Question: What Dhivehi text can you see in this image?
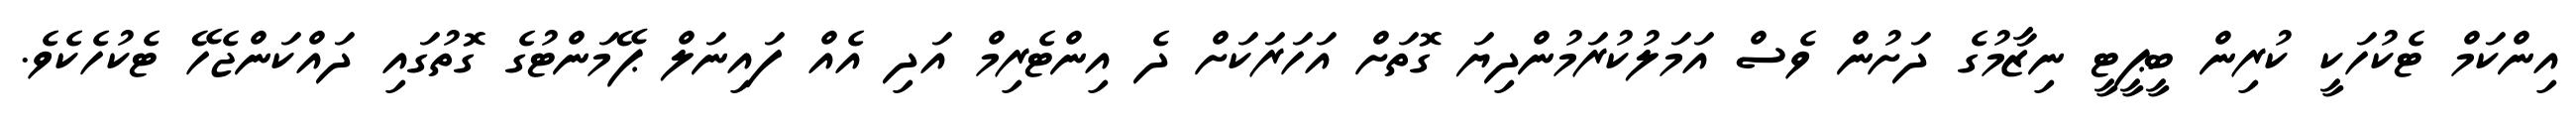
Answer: އިންކަމް ޓެކުހަކީ ކުރިން ބީޕީޓީ ނިޒާމުގެ ދަށުން ވެސް އަމަލުކުރަމުންދިޔަ ގޮތަށް އަހަރަކަށް ދެ އިންޓެރިމް އަދި އެއް ފައިނަލް ޕޭމަންޓުގެ ގޮތުގައި ދައްކަންޖެހޭ ޓެކުހެކެވެ.